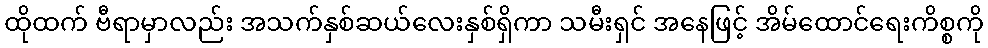
ထိုထက် ဗီရာမှာလည်း အသက်နှစ်ဆယ်လေးနှစ်ရှိကာ သမီးရှင် အနေဖြင့် အိမ်ထောင်ရေးကိစ္စကို